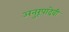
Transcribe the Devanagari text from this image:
अनुरूपादेवी